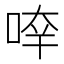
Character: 𠵃